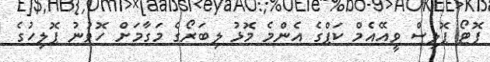
ފޮޓޯ ޕޮލިސް ވީއޭއެމް ކަޕްގެ އެންމެ މޮޅު ލިބަރޯގެ މަގާމަށް ހޮވުނު ޕޮލިހުގެ